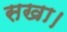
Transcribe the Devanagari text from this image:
सखा।